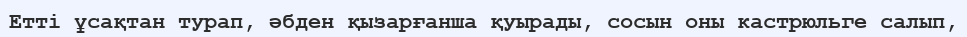
Етті ұсақтан турап, әбден қызарғанша қуырады, сосын оны кастрюльге салып,